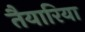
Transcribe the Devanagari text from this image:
तैयारिया